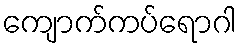
ကျောက်ကပ်ရောဂါ